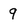
Character: 9